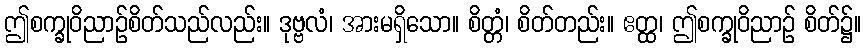
ဤစက္ခုဝိညာဉ်စိတ်သည်လည်း။ ဒုဗ္ဗလံ၊ အားမရှိသော။ စိတ္တံ၊ စိတ်တည်း။ ဧတ္ထ၊ ဤစက္ခုဝိညာဉ် စိတ်၌။